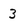
Character: 3